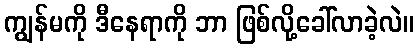
ကျွန်မကို ဒီနေရာကို ဘာ ဖြစ်လို့ခေါ်လာခဲ့လဲ။